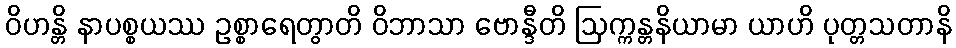
ဝိဟန္တိ နာပစ္စယဿ ဥစ္စာရေတွာတိ ဝိဘာသာ ဗောန္ဒီတိ ဩက္ကန္တနိယာမာ ယာဟိ ပုတ္တသတာနိ